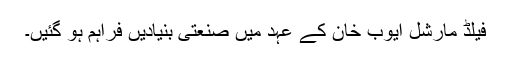
فیلڈ مارشل ایوب خان کے عہد میں صنعتی بنیادیں فراہم ہو گئیں۔